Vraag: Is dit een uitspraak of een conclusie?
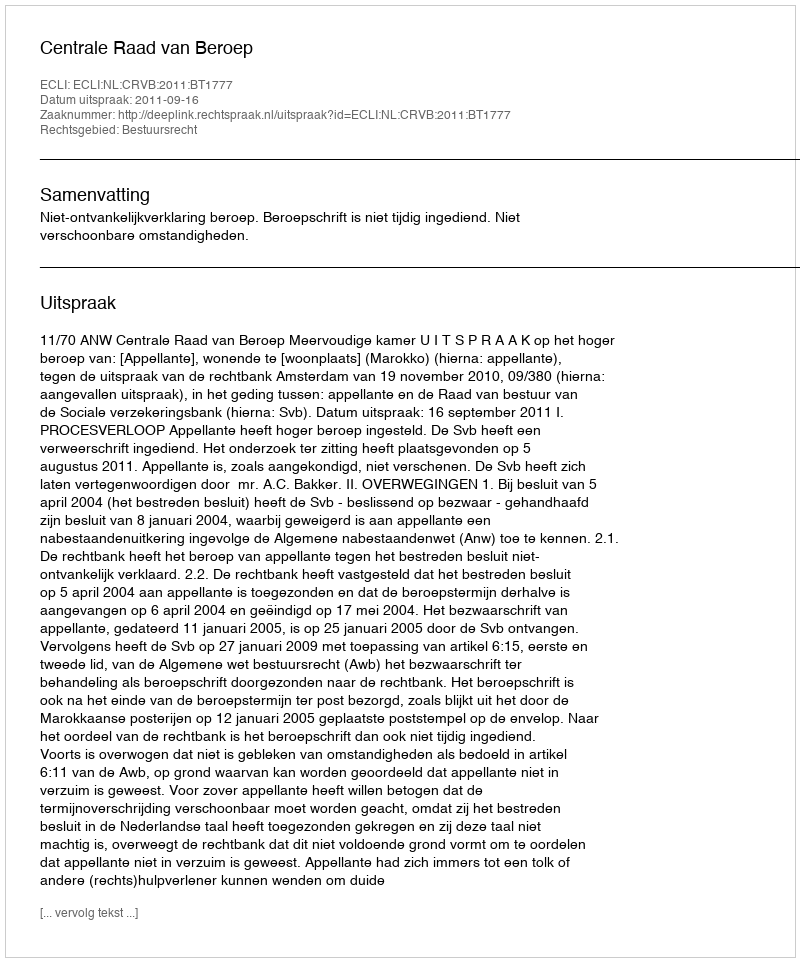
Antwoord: Uitspraak